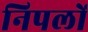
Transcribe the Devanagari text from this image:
निपलों